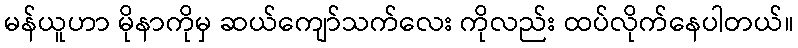
မန်ယူဟာ မိုနာကိုမှ ဆယ်ကျော်သက်လေး ကိုလည်း ထပ်လိုက်နေပါတယ်။